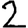
Digit: 2